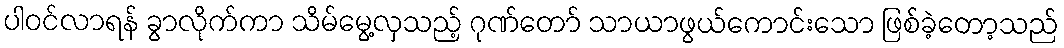
ပါဝင်လာရန် ခွာလိုက်ကာ သိမ်မွေ့လှသည့် ဂုဏ်တော် သာယာဖွယ်ကောင်းသော ဖြစ်ခဲ့တော့သည်